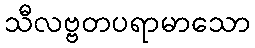
သီလဗ္ဗတပရာမာသော